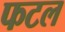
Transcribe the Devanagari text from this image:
फटल